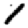
Digit: 1